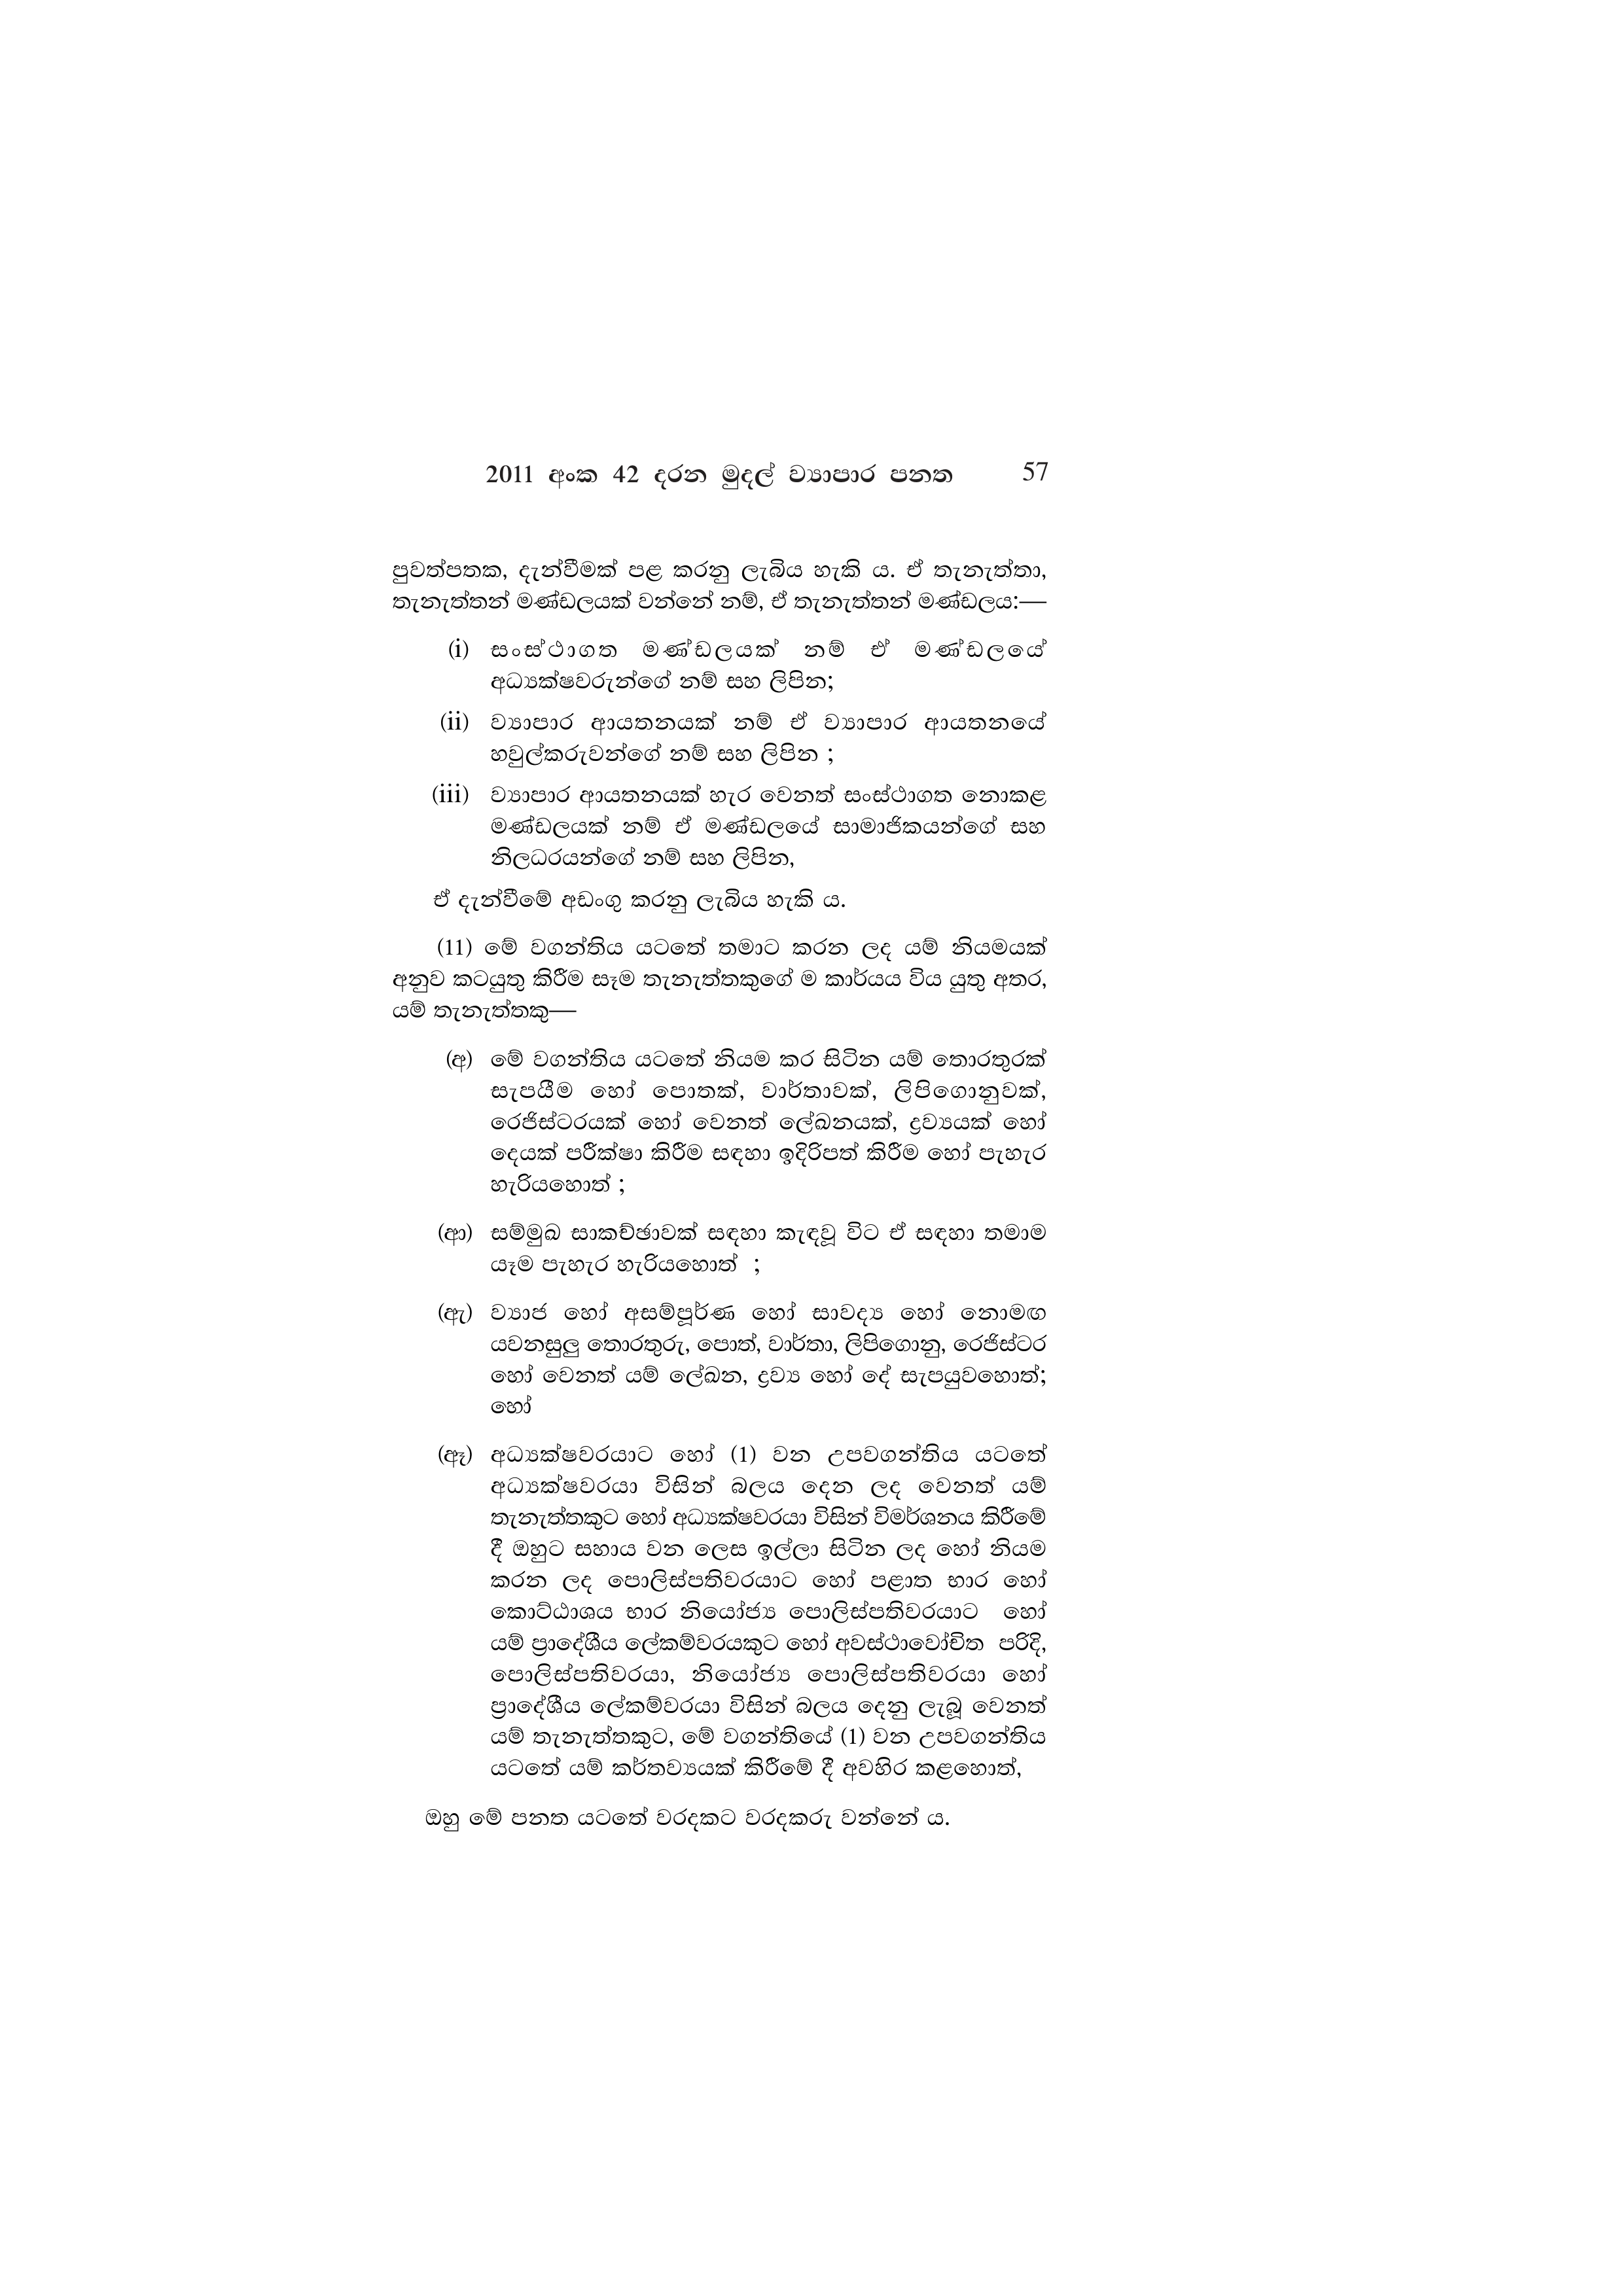
2011 අංක 42 දරන මුදල් ව්‍යාපාර පනත 57

පුවත්පතක, දැන්වීමක් පළ කරනු ලැබිය හැකි ය. ඒ තැනැත්තා,
තැනැත්තන් මණ්ඩලයක් වන්නේ නම්, ඒ තැනැත්තන් මණ්ඩලය:—

(i) සංස්ථාගත මණ්ඩලයක් නම් එ මණ්ඩලයේ
අධ්‍යක්ෂවරුන්ගේ නම් සහ ලිපින;

(ii) ව්‍යාපාර ආයතනයක් නම් ඒ ව්‍යාපාර ආයතනයේ
හවුල්කරුවන්ගේ නම් සහ ලිපින ;

(iii) ව්‍යාපාර ආයතනයක් හැර වෙනත් සංස්ථාගත නොකළ
මණ්ඩලයක් නම් ඒ මණ්ඩලයේ සාමාජිකයන්ගේ සහ
නිලධරයන්ගේ නම් සහ ලිපින,

ඒ දැන්වීමේ අඩංගු කරනු ලැබිය හැකි ය.

(11) මේ වගන්තිය යටතේ තමාට කරන ලද යම් නියමයක්
අනුව කටයුතු කිරීම සෑම තැනැත්තකුගේ ම කාර්යය විය යුතු අතර,
යම් තැනැත්තකු—

(අ) මේ වගන්තිය යටතේ නියම කර සිටින යම් තොරතුරක්
සැපයීම හෝ පොතක්, වාර්තාවක්, ලිපිගොනුවක්,
රෙජිස්ටරයක් හෝ වෙනත් ලේඛනයක්, ද්‍රව්‍යයක් හෝ
දෙයක් පරීක්ෂා කිරීම සඳහා ඉදිරිපත් කිරීම හෝ පැහැර
හැරියහොත් ;

(ආ) සම්මුඛ සාකච්ඡාවක් සඳහා කැඳවූ විට ඒ සඳහා තමාම
යෑම පැහැර හැරියහොත් ;

(ඇ) ව්‍යාජ හෝ අසම්පූර්ණ හෝ සාවද්‍ය හෝ නොමඟ
යවනසුලු තොරතුරු, පොත්, වාර්තා, ලිපිගොනු, රෙජිස්ටර
හෝ වෙනත් යම් ලේඛන, ද්‍රව්‍ය හෝ දේ සැපයුවහොත්;
හෝ

(ඈ) අධ්‍යක්ෂවරයාට හෝ (1) වන උපවගන්තිය යටතේ
අධ්‍යක්ෂවරයා විසින් බලය දෙන ලද වෙනත් යම්
තැනැත්තකුට හෝ අධ්‍යක්ෂවරයා විසින් විමර්ශනය කිරීමේ
දී ඔහුට සහාය වන ලෙස ඉල්ලා සිටින ලද හෝ නියම
කරන ලද පොලිස්පතිවරයාට හෝ පළාත භාර හෝ
කොට්ඨාශය භාර නියෝජ්‍ය පොලිස්පතිවරයාට හෝ
යම් ප්‍රාදේශීය ලේකම්වරයකුට හෝ අවස්ථාවෝචිත පරිදි,
පොලිස්පතිවරයා, නියෝජ්‍ය පොලිස්පතිවරයා හෝ
ප්‍රාදේශීය ලේකම්වරයා විසින් බලය දෙනු ලැබූ වෙනත්
යම් තැනැත්තකුට, මේ වගන්තියේ (1) වන උපවගන්තිය
යටතේ යම් කර්තව්‍යයක් කිරීමේ දී අවහිර කළහොත්,

ඔහු මේ පනත යටතේ වරදකට වරදකරු වන්නේ ය.